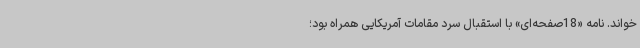
خواند. نامه «18‌صفحه‌ای» با استقبال سرد مقامات آمریکایی همراه بود؛